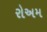
રોઅમ